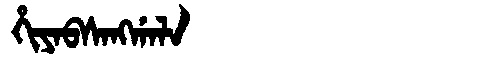
Manchu: ᡥᡳᠶᠠᠪᠰᠠᠩᡤᠠᠯᠠ
Romanization: HIYABSANGGALA